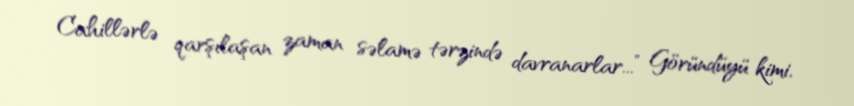
Cahillərlə qarşılaşan zaman səlamə tərzində davranarlar...” Göründüyü kimi,